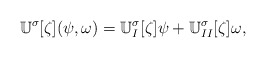
\begin{align*}{\mathbb U}^\sigma[\zeta](\psi,\omega)={\mathbb U}_I^\sigma[\zeta]\psi+{\mathbb U}_{II}^\sigma[\zeta]\omega,\end{align*}